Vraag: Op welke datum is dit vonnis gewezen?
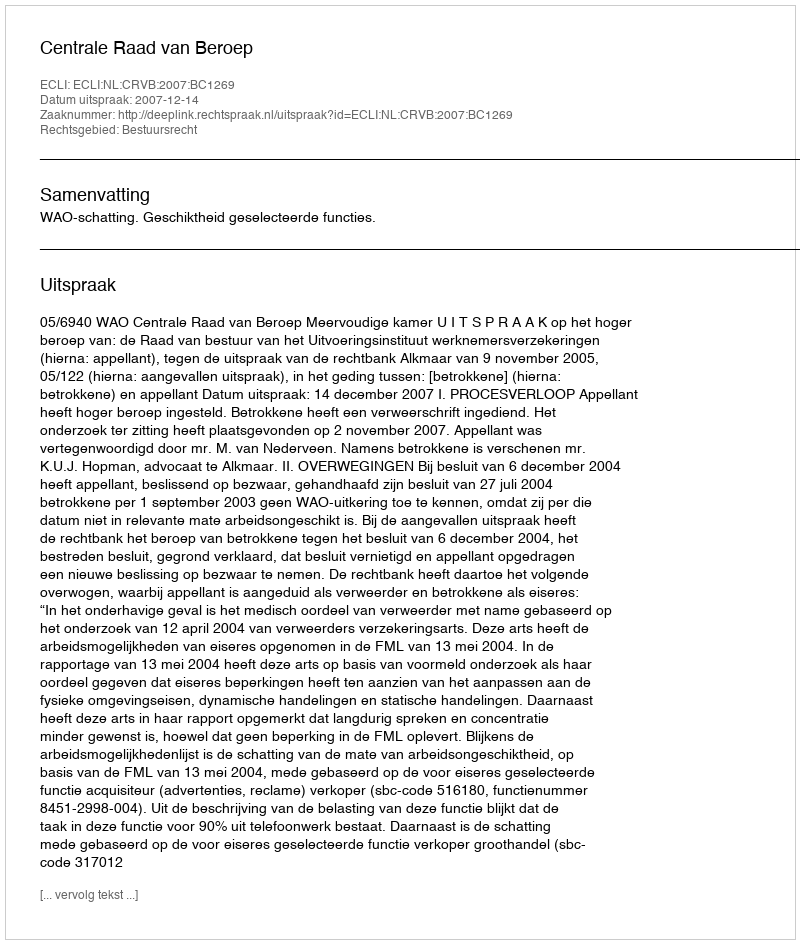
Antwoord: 2007-12-14